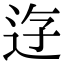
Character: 𨒣